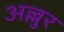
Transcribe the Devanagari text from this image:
अल्लुर